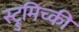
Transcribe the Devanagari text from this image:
स्ट्रुमिच्की